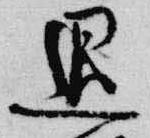
退